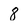
Character: 8